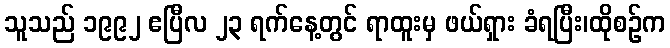
သူသည် ၁၉၉၂ ဧပြီလ ၂၃ ရက်နေ့တွင် ရာထူးမှ ဖယ်ရှား ခံရပြီး၊ထိုစဉ်က